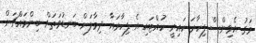
މަގު އެވިންސް ފިހާރަ ކައިރީ ހުއްޓައި އެ ފިހާރައާ ދިމާލަށް ބަނޑުވަތަށް ބިންމައްޗަށް